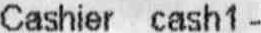
CASHIER CASH 1 -